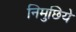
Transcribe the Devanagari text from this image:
निमुछिये